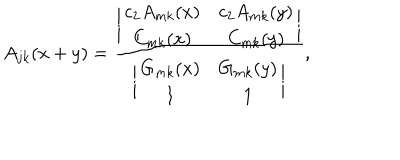
A _ { j k } ( x + y ) = { \frac { \biggl | \begin{matrix} { { c _ { 2 } A _ { m k } ( x ) } } & { { c _ { 2 } A _ { m k } ( y ) } } \\ { { C _ { m k } ( x ) } } & { { C _ { m k } ( y ) } } \\ \end{matrix} \biggr | } { \biggl | \begin{matrix} { { G _ { m k } ( x ) } } & { { G _ { m k } ( y ) } } \\ { { 1 } } & { { 1 } } \\ \end{matrix} \biggr | } } ,